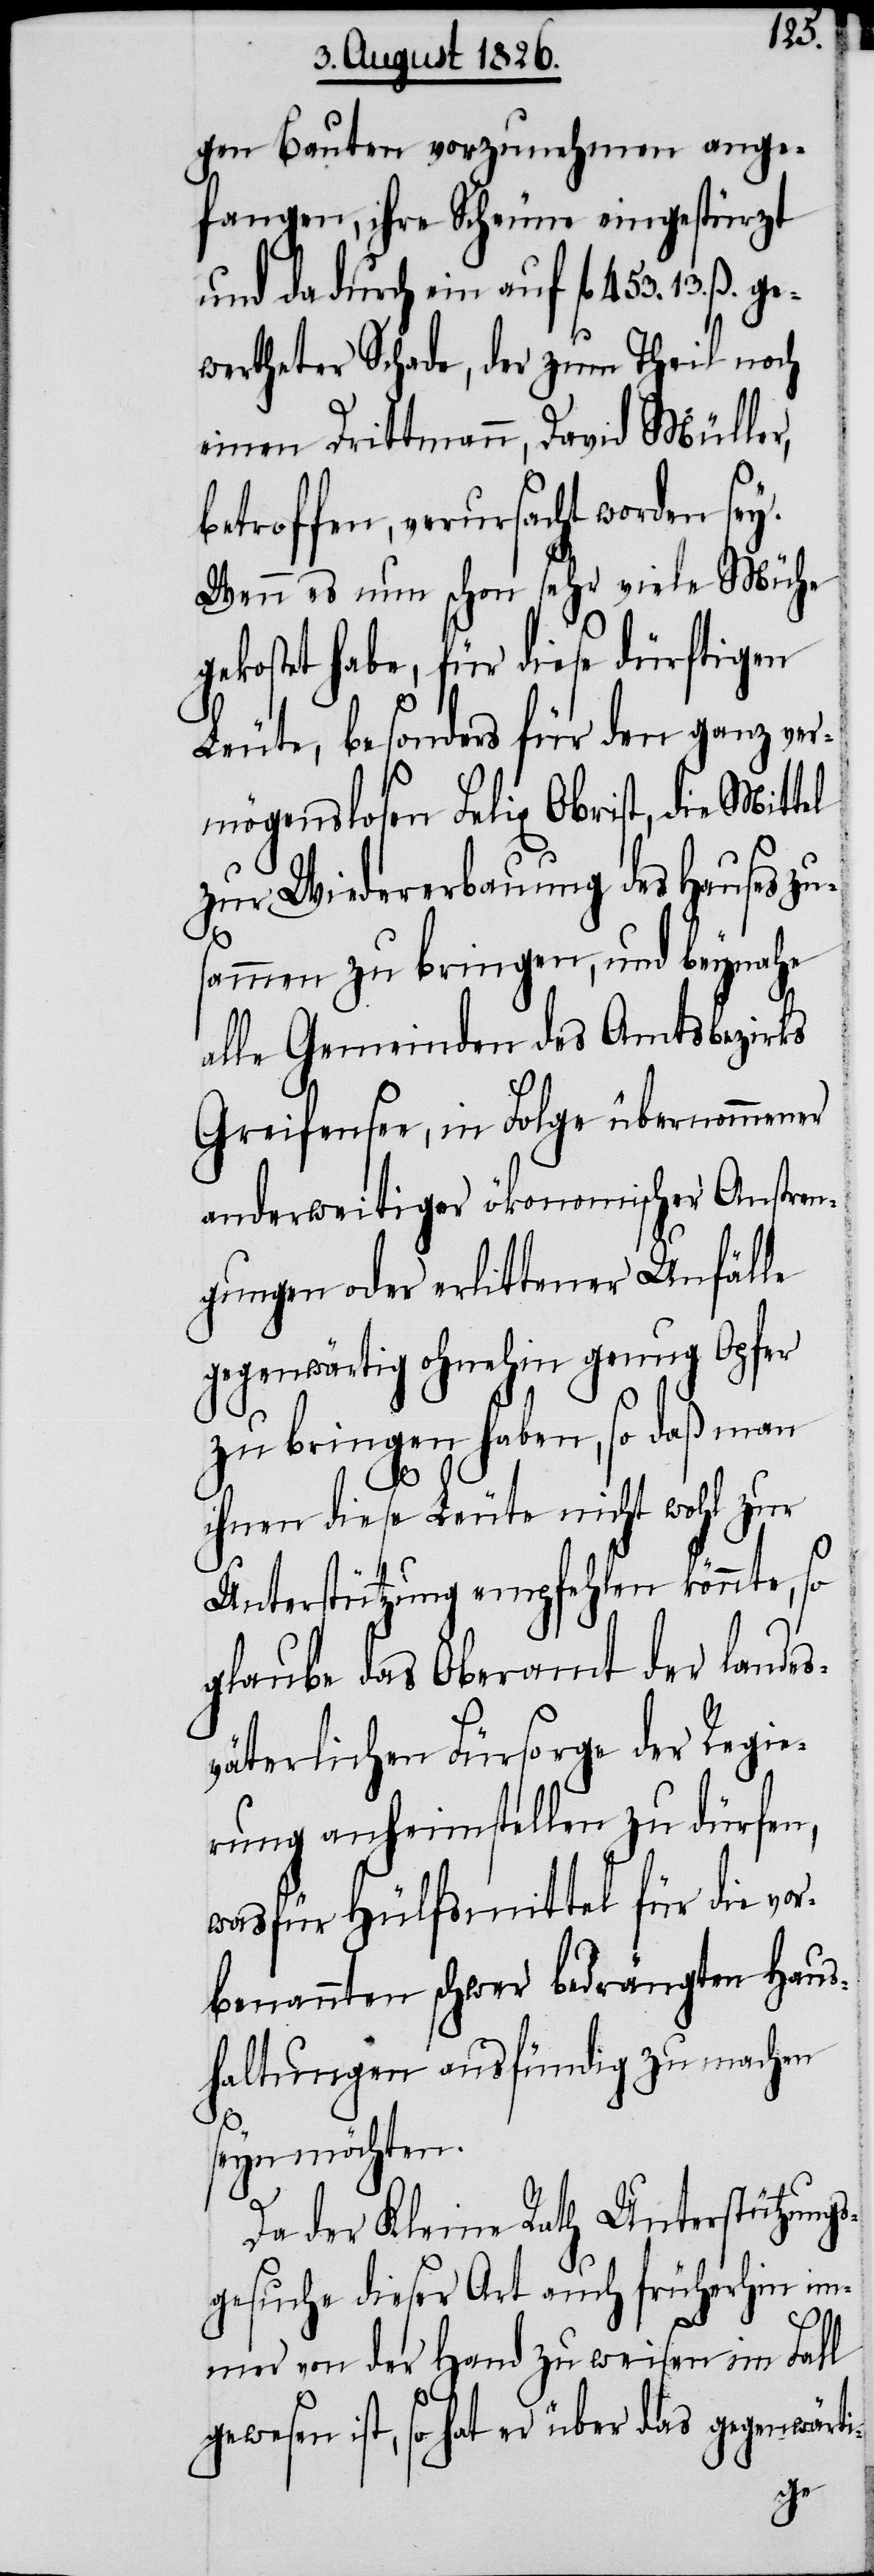
gen Bauten vorzunehmen ange¬
fangen, ihre Scheune eingestürzt
und dadurch ein auf fl. 453. 13.
wertheter Schade, der zum Theil noch
einen Drittmann, David Müller,
betroffen, verursacht worden sey.
Wenn es nun schon sehr viele Mühe
gekostet habe, für diese dürftigen
Leute, besonders für den ganz ver¬
mögenslosen Felix Obrist, die Mittel
zur Wiedererbauung des Hauses zu¬
sammen zu bringen, und beynahe
alle Gemeinden des Amtsbezirks
Greifensee, in Folge übernommener
anderweitiger ökonomischer Anstren¬
gungen oder erlittener Unfälle
gegenwärtig ohnehin genug Opfer
zu bringen haben, so daß man
ihnen diese Leute nicht wohl zur
Unterstützung empfehlen könnte, so
glaube das Oberamt der landes¬
väterlichen Fürsorge der Regie¬
rung anheimstellen zu dürfen,
was für Hülfsmittel für die vor¬
benannten schwer bedrängten Haus¬
haltungen ausfündig zu machen
seyn möchten.
Da der Kleine Rath Unterstützungs¬
gesuche dieser Art auch früherhin im¬
mer von der Hand zu weisen im Fall
gewesen ist, so hat er über das gegenwärti-
ge¬